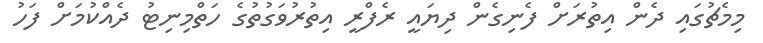
މިމެޗުގައި ދެން އިތުރަށް ފެނިގެން ދިޔައީ ރެފްރީ އިތުރުވަގުތުގެ ހަތްމިނިޓު ދެއްކުމަށް ފަހު